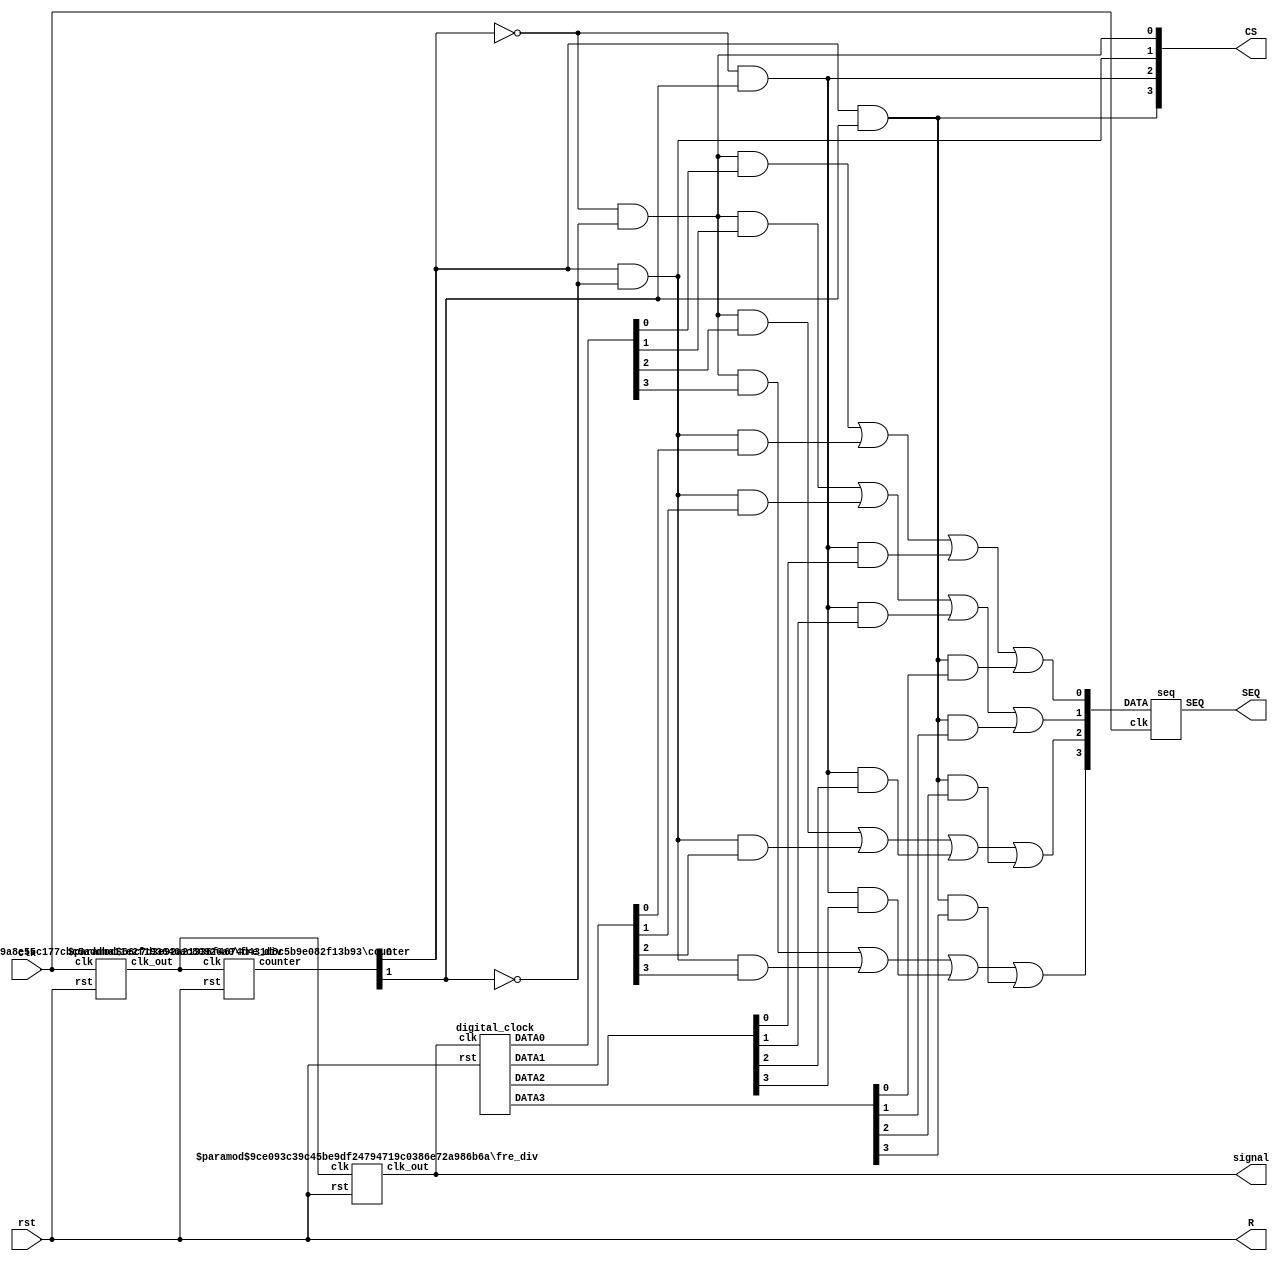
`timescale 1ns / 1ps
//////////////////////////////////////////////////////////////////////////////////
// Company: 
// Engineer: 
// 
// Design Name: DigitalClock
// Module Name: led_run
// Project Name: 
// Target Devices: 
// Tool Versions: 
// Description: 
// 
// Dependencies: 
// 
// Revision:
// Revision 0.01 - File Created
// Additional Comments:
// 
//////////////////////////////////////////////////////////////////////////////////

module led_run(input clk,rst,
output wire [6:0]SEQ,
output wire [3:0]CS,
output signal,R);

wire clk1;
wire clk2;

wire [1:0]count4;

wire [3:0]DATA;
wire [3:0]DATA0;
wire [3:0]DATA1;
wire [3:0]DATA2;
wire [3:0]DATA3;

//initial
//begin
//  rst=1;
//end

//always #10 begin
//rst=0;
//end

assign signal=clk2;
assign R=rst;

fre_div #(10000,17)fre_div1
(.clk(clk),
.rst(rst),
.clk_out(clk1));

fre_div #(100,10)fre_div2
(.clk(clk1),
.rst(rst),
.clk_out(clk2));

counter #(.WIDTH(2),.M(4)) M4counter
(.clk(clk1),
.rst(rst),
.counter(count4));

//decoder2to4 decoder2to4(
//.in(count4),
//.out(CS));
assign CS[0]=!count4[0]&!count4[1];
assign CS[1]=count4[0]&!count4[1];
assign CS[2]=!count4[0]&count4[1];
assign CS[3]=count4[0]&count4[1];

digital_clock digital_clock(
.clk(clk2),
.rst(rst),
.DATA0(DATA0),
.DATA1(DATA1),
.DATA2(DATA2),
.DATA3(DATA3));

//mux4to1_bit4 mux(
//.DATA0(DATA0),
//.DATA1(DATA1),
//.DATA2(DATA2),
//.DATA3(DATA3),
//.CS(count4),
//.clk(clk1),
//.DATA(DATA));
assign DATA[0]=CS[0]&DATA0[0]|CS[1]&DATA1[0]|CS[2]&DATA2[0]|CS[3]&DATA3[0];
assign DATA[1]=CS[0]&DATA0[1]|CS[1]&DATA1[1]|CS[2]&DATA2[1]|CS[3]&DATA3[1];
assign DATA[2]=CS[0]&DATA0[2]|CS[1]&DATA1[2]|CS[2]&DATA2[2]|CS[3]&DATA3[2];
assign DATA[3]=CS[0]&DATA0[3]|CS[1]&DATA1[3]|CS[2]&DATA2[3]|CS[3]&DATA3[3];

seq seq(
.DATA(DATA),
.clk(clk),
.SEQ(SEQ));

endmodule
module digital_clock(
input clk,rst,
output [3:0]DATA0,
output [3:0]DATA1,
output [3:0]DATA2,
output [3:0]DATA3);

wire RST;

assign RST=rst|(DATA3[1]&DATA2[2]);

counter #(.WIDTH(4),.M(10))CNT_ML(
.clk(clk),
.rst(RST),
.counter(DATA0));

counter #(.WIDTH(4),.M(6))CNT_MH(
.clk(~DATA0[3]),
.rst(RST),
.counter(DATA1));

counter #(.WIDTH(4),.M(10))CNT_HL(
.clk(~DATA1[2]),
.rst(RST),
.counter(DATA2));

counter #(.WIDTH(4),.M(3))CNT_HH(
.clk(~DATA2[3]),
.rst(RST),
.counter(DATA3));

endmodule

module mux4to1_bit4(
input [3:0]DATA0,
input [3:0]DATA1,
input [3:0]DATA2,
input [3:0]DATA3,
input [1:0]CS,
input clk,
output reg [3:0]DATA);

/*
assign DATA[0]=!CS[0]&!CS[1]&DATA0[0]+
CS[0]&!CS[1]&DATA1[0]+
!CS[0]&CS[1]&DATA2[0]+
CS[0]&CS[1]&DATA3[0];
assign DATA[1]=!CS[0]&!CS[1]&DATA0[1]+
CS[0]&!CS[1]&DATA1[1]+
!CS[0]&CS[1]&DATA2[1]+
CS[0]&CS[1]&DATA3[1];
assign DATA[2]=!CS[0]&!CS[1]&DATA0[2]+
CS[0]&!CS[1]&DATA1[2]+
!CS[0]&CS[1]&DATA2[2]+
CS[0]&CS[1]&DATA3[2];
assign DATA[3]=!CS[0]&!CS[1]&DATA0[3]+
CS[0]&!CS[1]&DATA1[3]+
!CS[0]&CS[1]&DATA2[3]+
CS[0]&CS[1]&DATA3[3];
*/

always@(posedge clk)
begin
  case(CS)
    2'b00:DATA<=DATA0;
    2'b01:DATA<=DATA1;
    2'b10:DATA<=DATA2;
    2'b11:DATA<=DATA3;
endcase
end
endmodule
module seq
  (input [3:0]DATA,
  input clk,
  output reg [6:0]SEQ);
  
  always @(posedge clk)
  begin
  case(DATA)
    4'h0: SEQ=7'h7e;
    4'h1: SEQ=7'h30;
    4'h2: SEQ=7'h6d;
    4'h3: SEQ=7'h79;
    4'h4: SEQ=7'h33;
    4'h5: SEQ=7'h5b;
    4'h6: SEQ=7'h5f;
    4'h7: SEQ=7'h70;
    4'h8: SEQ=7'h7f;
    4'h9: SEQ=7'h7b;
    4'ha: SEQ=7'h77;
    4'hb: SEQ=7'h1f;
    4'hc: SEQ=7'h0d;
    4'hd: SEQ=7'h3d;
    4'he: SEQ=7'h4f;
    4'hf: SEQ=7'h47;
endcase
end

endmodule
module counter
#(parameter WIDTH=17,
parameter M=100000)
(input clk,rst,
output reg [WIDTH-1:0]counter);

always@(posedge clk or posedge rst)
begin
        if(rst)
        counter <= 0;
        else if (counter == M-1) begin  
        counter <= 0;  
        end 
        else begin  
        counter <= counter + 1;  
        end  
end
endmodule 
module fre_div #(
parameter N=8,
WIDTH=3)
(input clk,rst,
output reg clk_out);

reg [WIDTH-1:0]counter;

always@(posedge clk or posedge rst)
begin
        if(rst)
        counter<=0;
        else if (counter == N-1) begin  
        counter <= 0;  
        end 
        else begin  
        counter <= counter + 1;  
        end  
end

always @(posedge clk or posedge rst) begin  
    if (rst) begin   
        clk_out <= 0;  
    end  
    else if (counter == N-1) begin  
        clk_out <= ~clk_out;  
    end  
end

endmodule  
module decoder2to4(
input [1:0]in,
output wire [3:0]out);

assign out[0]=!in[0]&!in[1];
assign out[1]=in[0]&!in[1];
assign out[2]=!in[0]&in[1];
assign out[3]=in[0]&in[1];

endmodule